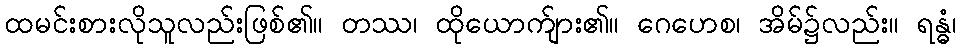
ထမင်းစားလိုသူလည်းဖြစ်၏။ တဿ၊ ထိုယောက်ျား၏။ ဂေဟေစ၊ အိမ်၌လည်း။ ရန္ဓံ၊